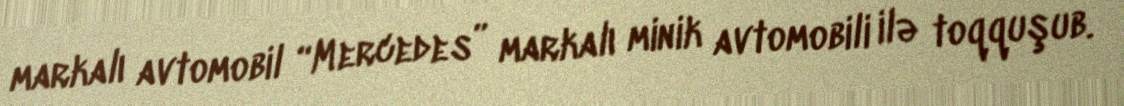
markalı avtomobil “Mercedes” markalı minik avtomobili ilə toqquşub.